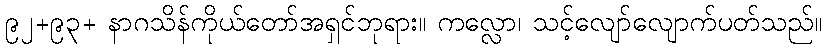
၉၂+၉၃+ နာဂသိန်ကိုယ်တော်အရှင်ဘုရား။ ကလ္လော၊ သင့်လျော်လျောက်ပတ်သည်။